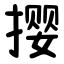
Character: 撄